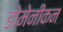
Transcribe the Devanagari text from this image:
डोमेनीकन